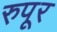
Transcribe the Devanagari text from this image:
रुपूर